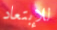
للإبتعاد